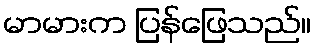
မာမားက ပြန်ဖြေသည်။